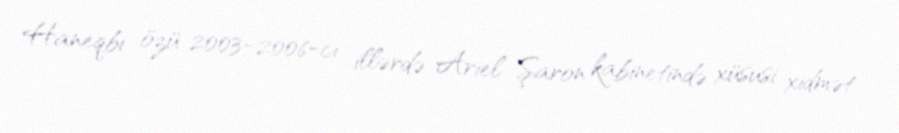
Haneqbi özü 2003-2006-cı illərdə Ariel Şaron kabinetində xüsusi xidmət